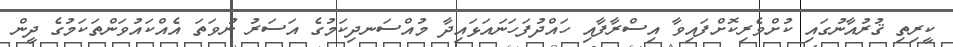
ކީރިތި ޤުރުއާނުގައި ކުށްވެރިކޮށްފައިވާ އިސްރާފާއި ހައްދުފަހަނައަޅައިދާ މުއްސަނދިކަމުގެ އަސަރު ނުވަތަ އެއްކައުވަންތަކަމުގެ ދީން